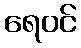
ရေဝင်